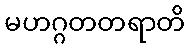
မဟဂ္ဂတတရာတိ